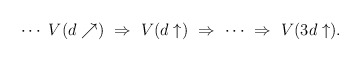
\begin{align*}\cdots \,\, V(d\nearrow)\,\,\Rightarrow \,\,V(d\uparrow)\,\,\Rightarrow \,\,\cdots \,\,\Rightarrow \,\, V(3d\uparrow).\end{align*}